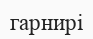
гарнирі